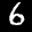
Label: 6